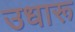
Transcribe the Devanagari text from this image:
उधारू